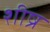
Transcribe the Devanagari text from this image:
शीष्र